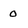
Character: O